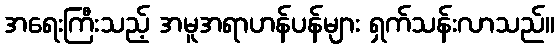
အရေးကြီးသည့် အမူအရာဟန်ပန်များ ရှက်သန်းလာသည်။